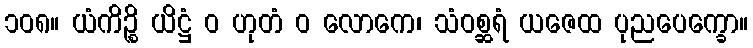
၁၀၈။ ယံကိဉ္စိ ယိဋ္ဌံ ဝ ဟုတံ ဝ လောကေ၊ သံဝစ္ဆရံ ယဇေထ ပုညပေက္ခော။